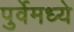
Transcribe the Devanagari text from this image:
पुर्वेमध्ये